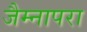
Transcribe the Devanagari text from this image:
जैम्नापरा